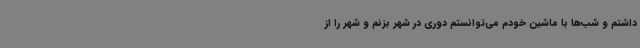
داشتم و شب‌ها با ماشین خودم می‌توانستم دوری در شهر بزنم و شهر را از